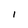
Character: I